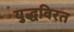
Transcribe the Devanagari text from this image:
युद्धविरत